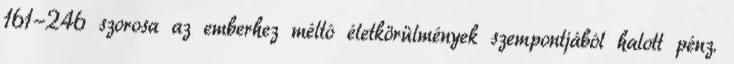
161-246 szorosa az emberhez méltó életkörülmények szempontjából halott pénz.